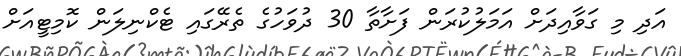
އަދި މި ގަވާއިދަށް އަމަލުކުރަން ފަށާތާ 30 ދުވަހުގެ ތެރޭގައި ޓެކްނިލަން ކޮމިޓީއަށް